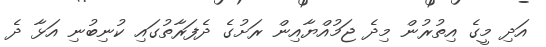
އަދި މީގެ އިތުރުން މިދެ ޖަމުއްޔާއިން ރަށުގެ ދެފަރާތުގައި ކުނިބުނި އަޅާ ދެ